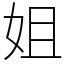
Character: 姐